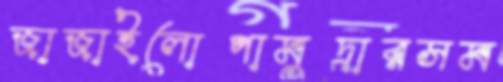
জাজাইলোপামুদ্রারসম